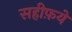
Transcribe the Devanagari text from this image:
सहीफ़ये